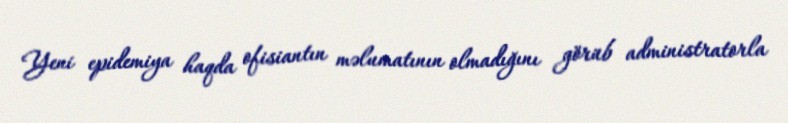
Yeni epidemiya haqda ofisiantın məlumatının olmadığını görüb administratorla